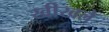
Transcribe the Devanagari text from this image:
खीखले